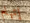
إتهام